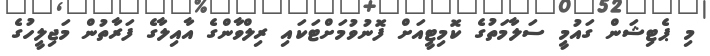
މި ޕެޓިޝަން ގައުމީ ސަލާމަތުގެ ކޮމިޓީއަށް ފޮނުވުމަށްޓަކައި ރިލްވާންގެ އާއިލާގެ ފަރާތުން މަޖިލީހުގެ